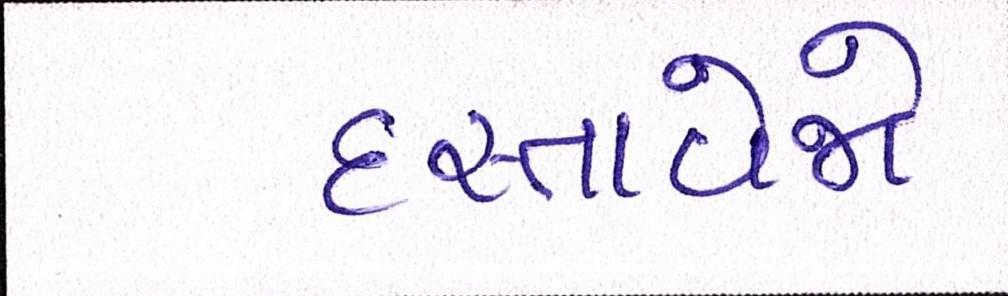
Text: દસ્તાવેજો